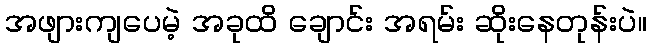
အဖျားကျပေမဲ့ အခုထိ ချောင်း အရမ်း ဆိုးနေတုန်းပဲ။